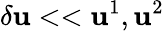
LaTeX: \delta\mathbf{u}<<\mathbf{u}^{1},\mathbf{u}^{2}